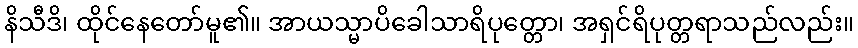
နိသီဒိ၊ ထိုင်နေတော်မူ၏။ အာယသ္မာပိခေါသာရိပုတ္တော၊ အရှင်ရိပုတ္တရာသည်လည်း။